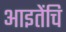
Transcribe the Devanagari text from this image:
आइतेंचि